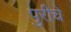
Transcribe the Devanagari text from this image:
पुरीचे